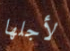
لأجلها